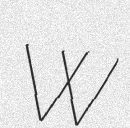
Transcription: W